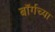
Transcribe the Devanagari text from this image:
बॉर्गच्या